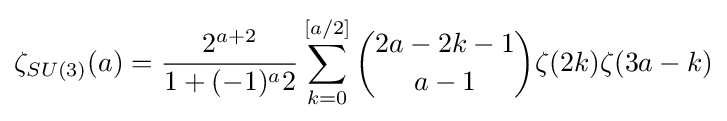
\zeta _{SU(3)}(a)={\frac {2^{a+2}}{1+(-1)^{a}2}}\sum _{k=0}^{[a/2]}{2a-2k-1 \choose a-1}\zeta (2k)\zeta (3a-k)